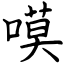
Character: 嗼